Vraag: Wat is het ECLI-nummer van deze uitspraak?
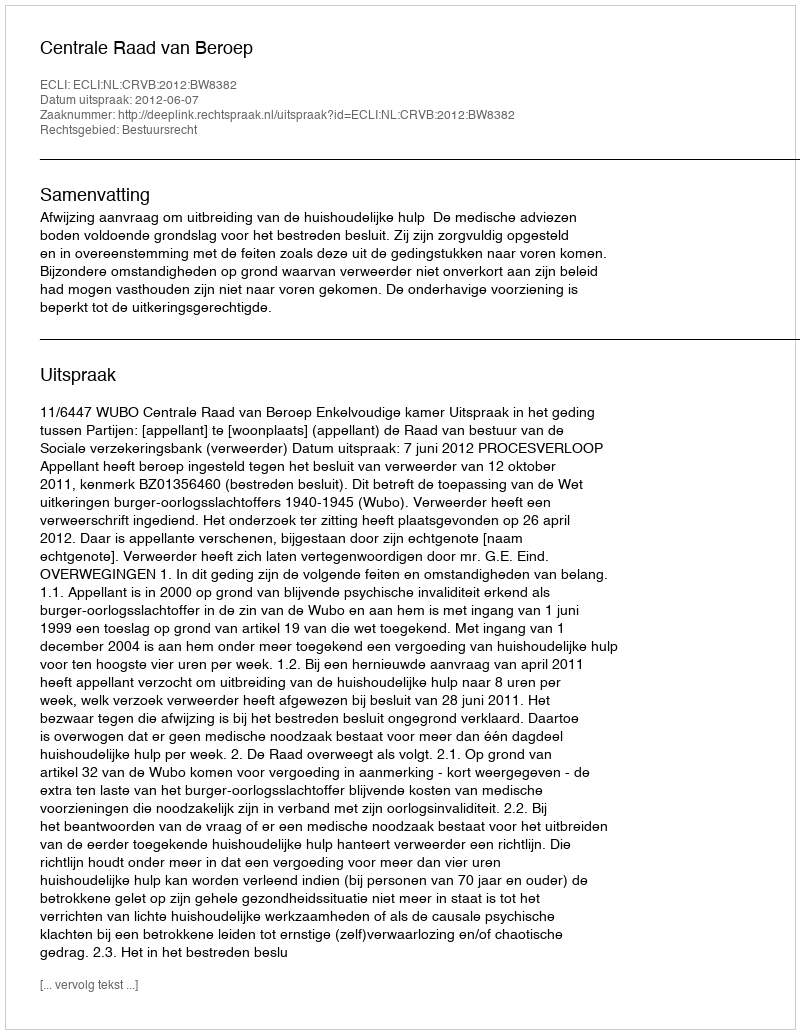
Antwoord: ECLI:NL:CRVB:2012:BW8382